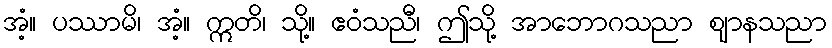
အံ့။ ပဿာမိ၊ အံ့။ ဣတိ၊ သို့။ ဧဝံသညီ၊ ဤသို့ အာဘောဂသညာ ဈာနသညာ